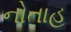
નોતાહ